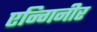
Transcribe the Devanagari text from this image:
एन्गिनीर